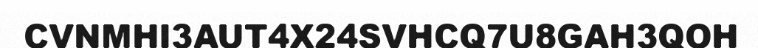
CVNMHI3AUT4X24SVHCQ7U8GAH3QOH